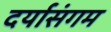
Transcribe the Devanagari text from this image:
दर्यासंगम